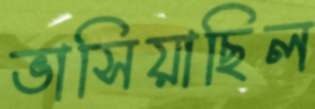
ভাসিয়াছিল